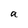
Character: a